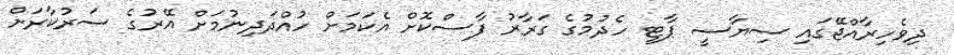
ދިވެހިރާއްޖޭގައި ސިޔާސީ ޕާޓީ ހެދުމުގެ ގަރާރު ފާސްކޮށް އެކަމަށް ހުއްދަދިނުމަށް އޭރުގެ ސަރުކާރަށް